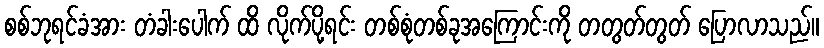
စစ်ဘုရင်ခံအား တံခါးပေါက် ထိ လိုက်ပို့ရင်း တစ်စုံတစ်ခုအကြောင်းကို တတွတ်တွတ် ပြောလာသည်။